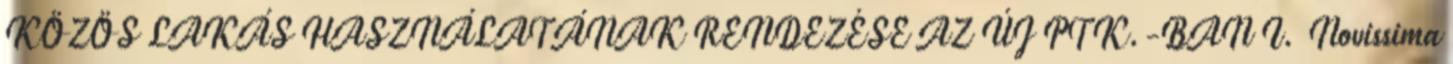
KÖZÖS LAKÁS HASZNÁLATÁNAK RENDEZÉSE AZ ÚJ PTK.-BAN I. Novissima